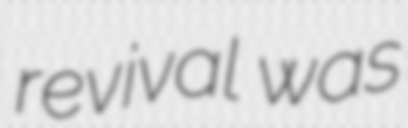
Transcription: revival was